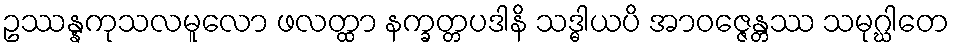
ဥဿန္နကုသလမူလော ဖလတ္ထာ နက္ခတ္တပဒါနိ သဒ္ဓါယပိ အာဝဇ္ဇေန္တဿ သမုဂ္ဃါတေ